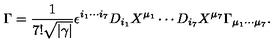
\Gamma = { \frac { 1 } { 7 ! \sqrt { | \gamma | } } } \epsilon ^ { i _ { 1 } \cdots i _ { 7 } } D _ { i _ { 1 } } X ^ { \mu _ { 1 } } \cdots D _ { i _ { 7 } } X ^ { \mu _ { 7 } } \Gamma _ { \mu _ { 1 } \cdots \mu _ { 7 } } .